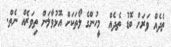
ތެދެއް ވަރަށް ބޮޑު ތެދެއް  މީހުންގެ ލޯތަކަށް އޮޅުވާލަން ތިވަރެއް ނެތް.